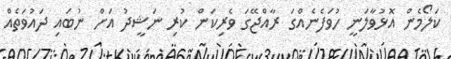
ކަލޯމެން އޮޅުވާލަނީ ހުވަފެނެއްގަ ރާއްޖޭގަ ވެރިކަން ކުރި ނަޝީދު އަށް ނުބައި ދައުވަތެއް